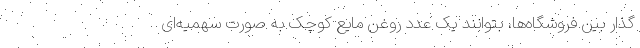
گذار بین فروشگاه‌ها، بتوانند یک عدد روغن مایع کوچک به صورت سهمیه‌ای